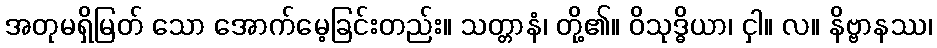
အတုမရှိမြတ် သော အောက်မေ့ခြင်းတည်း။ သတ္တာနံ၊ တို့၏။ ဝိသုဒ္ဓိယာ၊ ငှါ။ လ။ နိဗ္ဗာနဿ၊